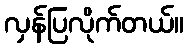
လှန်ပြလိုက်တယ်။